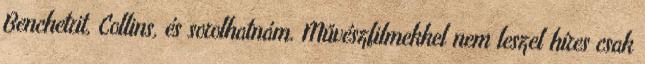
Benchetrit, Collins, és sorolhatnám. Művészfilmekkel nem leszel híres csak